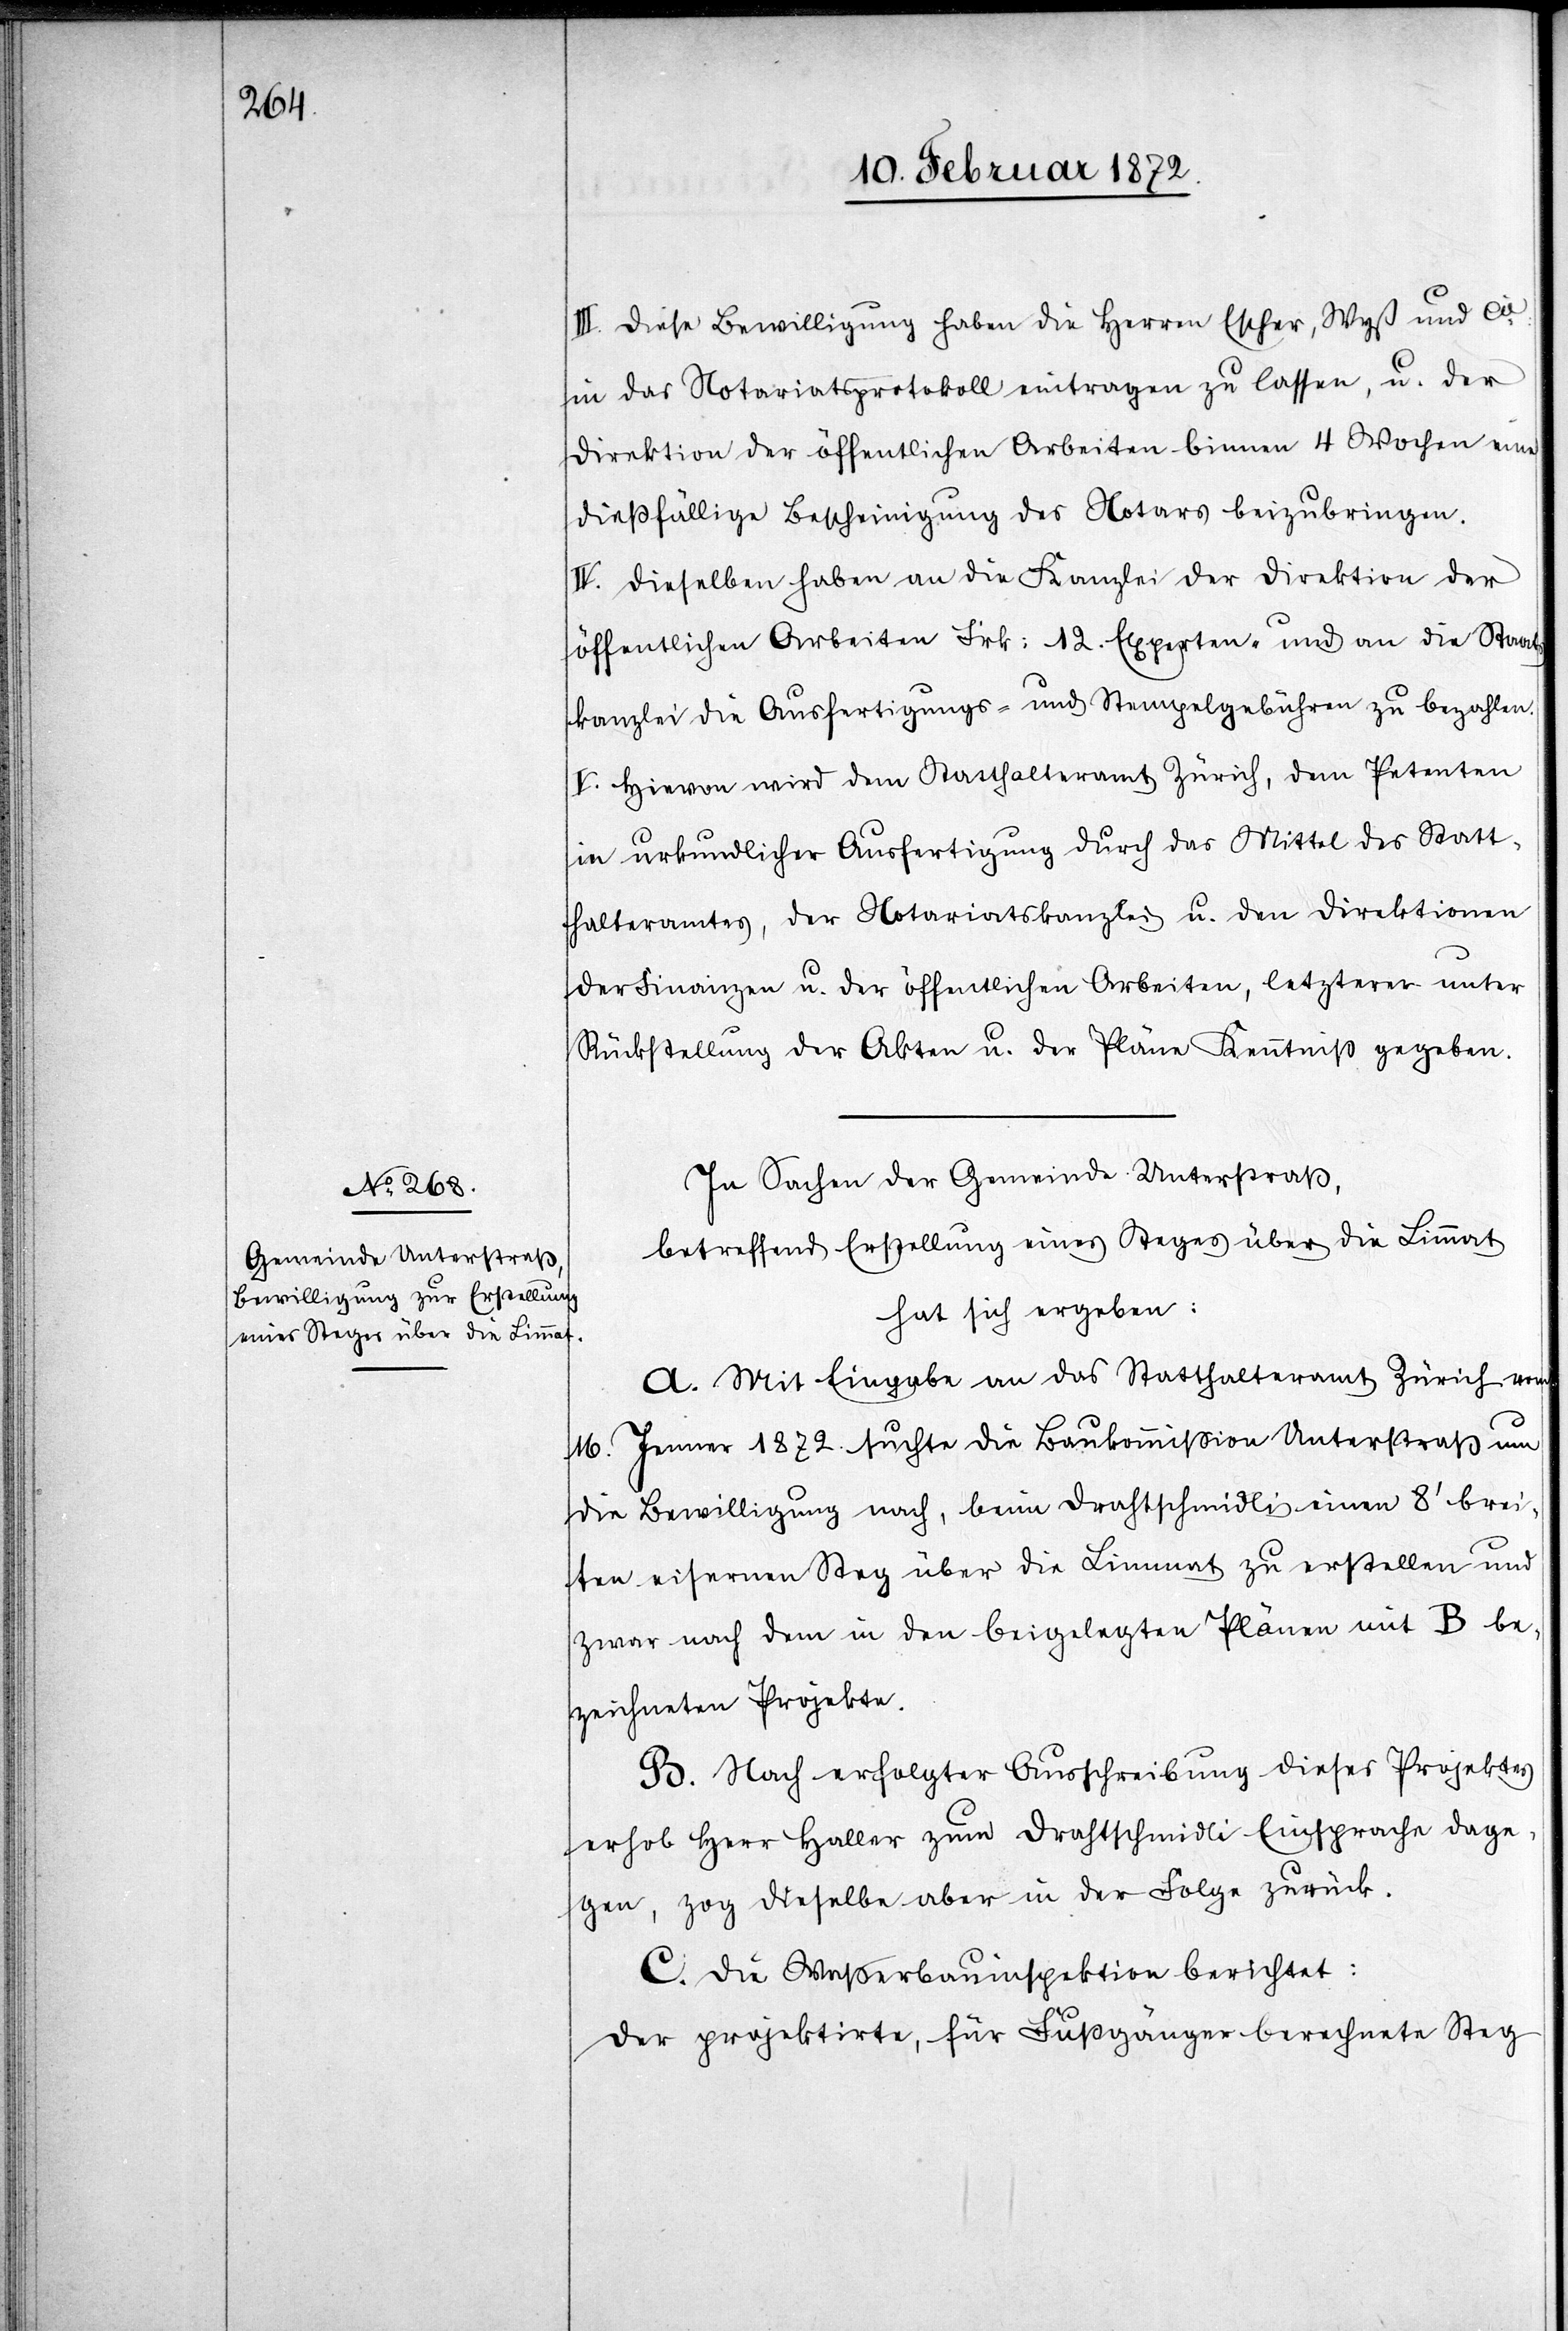
III. Diese Bewilligung haben die Herren Escher, Wyß und Cie
in das Notariatsprotokoll eintragen zu lassen, u. der
Direktion der öffentlichen Arbeiten binnen 4. Wochen eine
dießfällige Bescheinigung des Notars beizubringen.
IV. Dieselben haben an die Kanzlei der Direktion der
öffentlichen Arbeiten Frk. 12. Expertengebühren zu bezahlen.
V. Hievon wird dem Statthalteramt Zürich, dem Petenten
in urkundlicher Ausfertigung durch das Mittel des Statt¬
halteramtes, der Notariatskanzlei u. den Direktionen
der Finanzen u. der öffentlichen Arbeiten, letzteren unter
Rückstellung der Akten u. der Pläne Kenntniß gegeben.
In Sachen der Gemeinde Unterstraß,
betreffend Erstellung eines Steges über die Limmat
hat sich ergeben:
A. Mit Eingabe an das Statthalteramt Zürich vom
16. Jenner 1872. suchte die Baukommission Unterstraß um
die Bewilligung nach, beim Drahtschmidli einen 8’ brei¬
ten eisernen Steg über die Limmat zu erstellen und
zwar nach dem in den beigelegten Plänen mit B be¬
zeichneten Projekte.
B. Nach erfolgter Ausschreibung dieses Projektes
erhob Herr Haller zum Drahtschmidli Einsprache dage¬
gen, zog dieselbe aber in der Folge zurück.
C. Die Wasserbauinspektion berichtet:
Der projektirte, für Fußgänger berechnete Steg